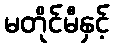
မတိုင်မီနှင့်